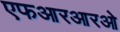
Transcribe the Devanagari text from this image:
एफआरआरओ